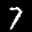
Label: 7